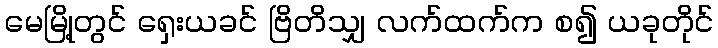
မေမြို့တွင် ရှေးယခင် ဗြိတိသျှ လက်ထက်က စ၍ ယခုတိုင်